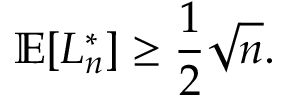
\mathbb { E } [ L _ { n } ^ { * } ] \geq { \frac { 1 } { 2 } } { \sqrt { n } } .